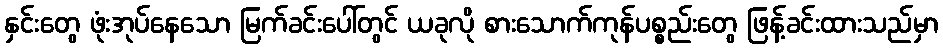
နှင်းတွေ ဖုံးအုပ်နေသော မြက်ခင်းပေါ်တွင် ယခုလို စားသောက်ကုန်ပစ္စည်းတွေ ဖြန့်ခင်းထားသည်မှာ